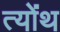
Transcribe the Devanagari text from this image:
त्योंथ